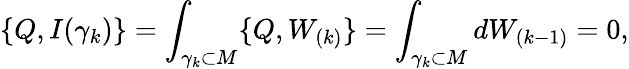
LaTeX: \{ Q,I(\gamma_{k})\} =\int_{\gamma_{k}\subset M}\{ Q,W_{(k)}\} =\int_{\gamma_{k}\subset M}dW_{(k-1)}=0,